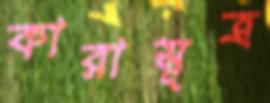
কারাসূত্র